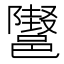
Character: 𲆞